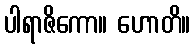
ပါရာဇိကော။ ဟောတိ။